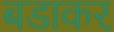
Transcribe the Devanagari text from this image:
बडाकर